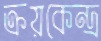
ক্রয়কেন্দ্র